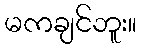
မကချင်ဘူး။